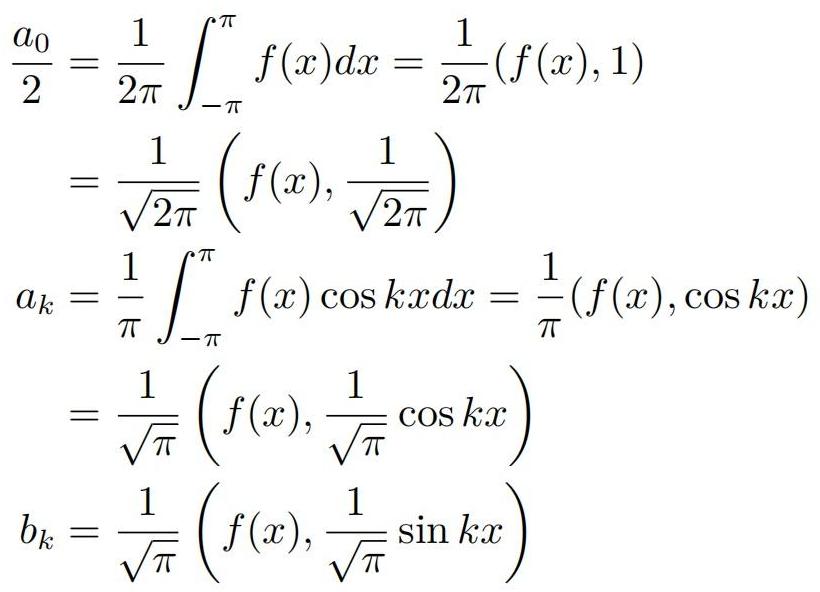
\begin{align*}
\frac{a_0}{2} &= \frac{1}{2\pi} \int_{-\pi}^{\pi} f(x)dx = \frac{1}{2\pi}(f(x),1) \\
&= \frac{1}{\sqrt{2\pi}} \left( f(x), \frac{1}{\sqrt{2\pi}} \right) \\
a_k &= \frac{1}{\pi} \int_{-\pi}^{\pi} f(x) \cos kx dx = \frac{1}{\pi}(f(x),\cos kx) \\
&= \frac{1}{\sqrt{\pi}} \left( f(x), \frac{1}{\sqrt{\pi}} \cos kx \right) \\
b_k &= \frac{1}{\sqrt{\pi}} \left( f(x), \frac{1}{\sqrt{\pi}} \sin kx \right)
\end{align*}